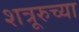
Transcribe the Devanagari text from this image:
शत्रूरुच्या